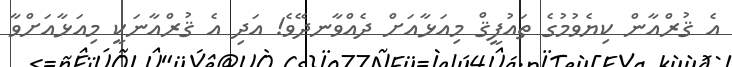
އެ ޤުރްއާން ކިޔެވުމުގެ ތައުފީޤް މިއަޅާއަށް ދެއްވާނދޭވެ! އަދި އެ ޤުރްއާނަކީ މިއަޅާއަށްވާ